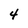
Character: 4